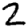
Digit: 2